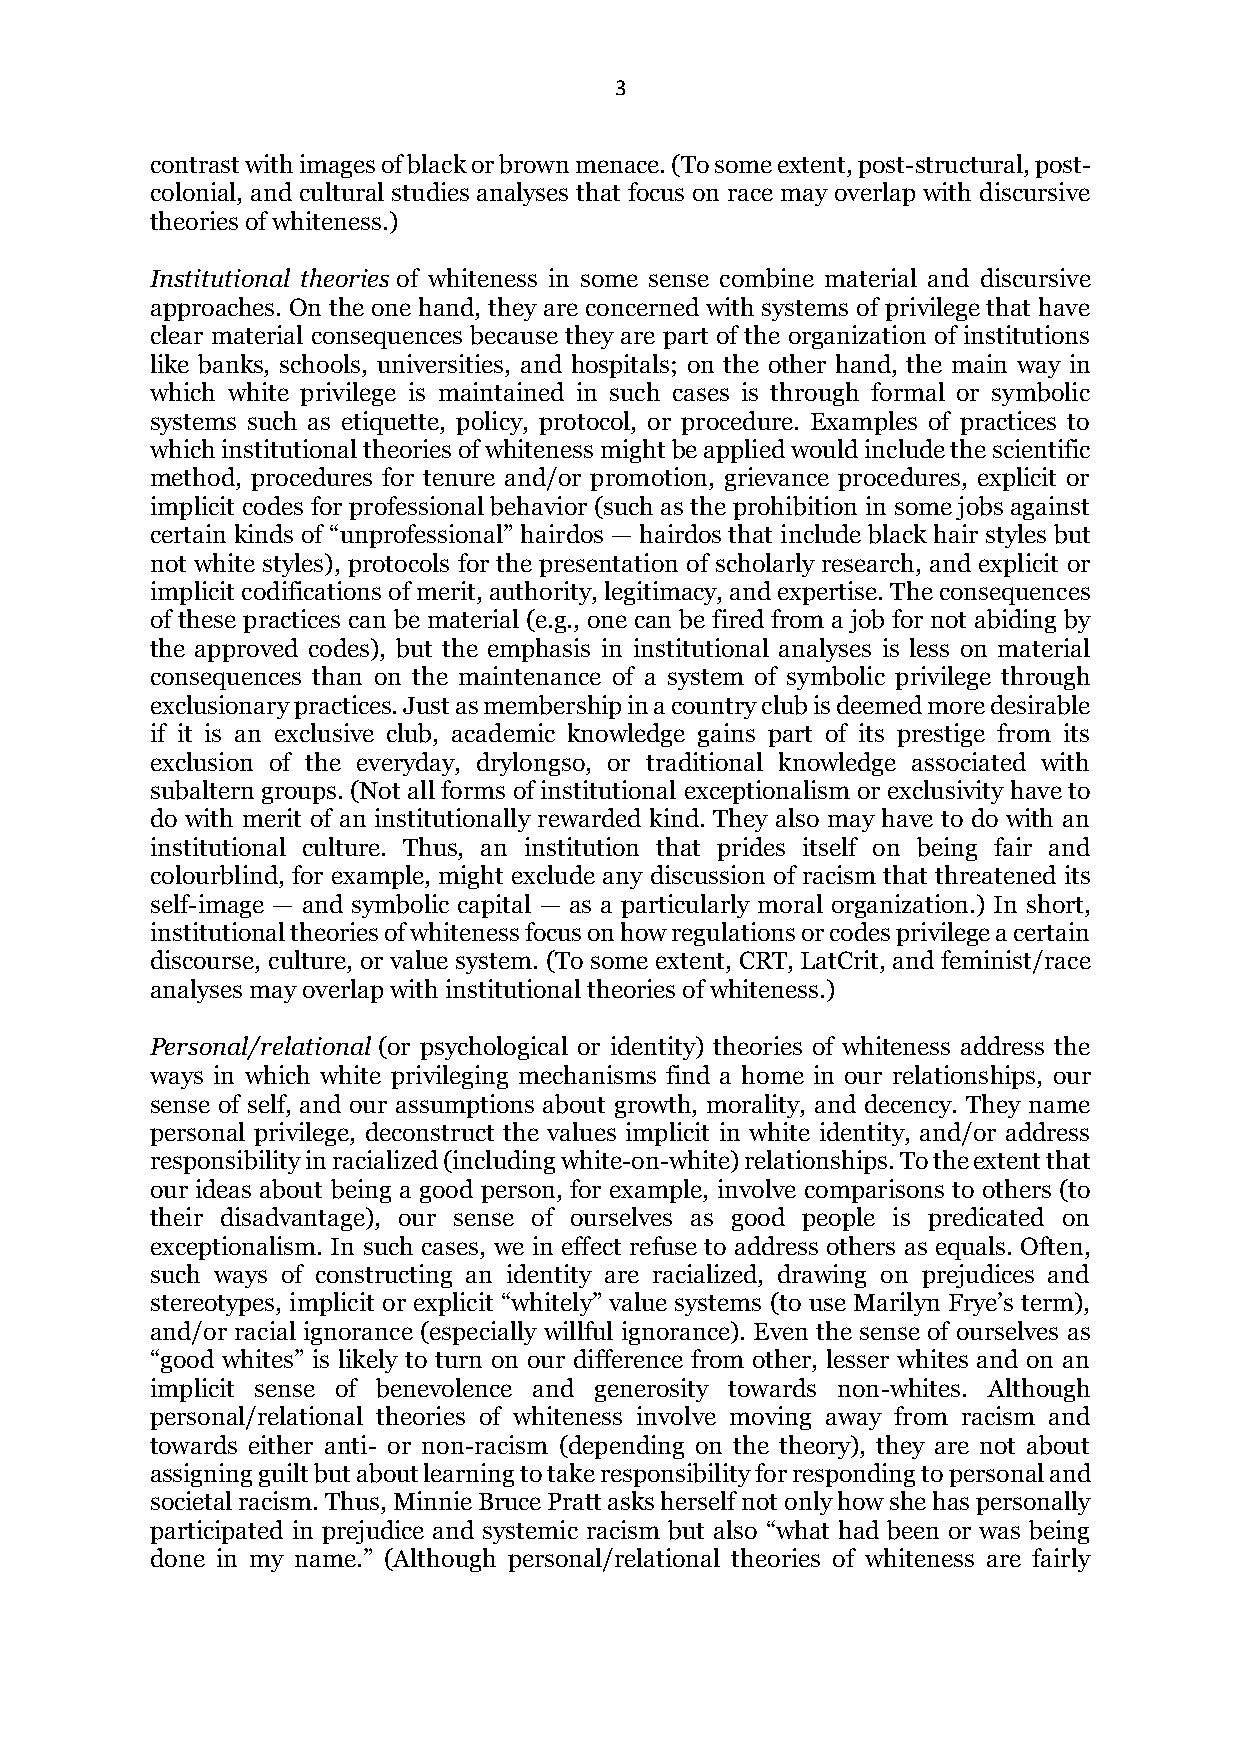
3
 contrast with images of black or brown menace. (To some extent, post-structural, post-
 colonial, and cultural studies analyses that focus on race may overlap with discursive
 theories of whiteness.)
 Institutional theories of whiteness in some sense combine material and discursive
 approaches. On the one hand, they are concerned with systems of privilege that have
 clear material consequences because they are part of the organization of institutions
 like banks, schools, universities, and hospitals; on the other hand, the main way in
 which white privilege is maintained in such cases is through formal or symbolic
 systems such as etiquette, policy, protocol, or procedure. Examples of practices to
 which institutional theories of whiteness might be applied would include the scientific
 method, procedures for tenure and/or promotion, grievance procedures, explicit or
 implicit codes for professional behavior (such as the prohibition in some jobs against
 certain kinds of “unprofessional” hairdos — hairdos that include black hair styles but
 not white styles), protocols for the presentation of scholarly research, and explicit or
 implicit codifications of merit, authority, legitimacy, and expertise. The consequences
 of these practices can be material (e.g., one can be fired from a job for not abiding by
 the approved codes), but the emphasis in institutional analyses is less on material
 consequences than on the maintenance of a system of symbolic privilege through
 exclusionary practices. Just as membership in a country club is deemed more desirable
 if it is an exclusive club, academic knowledge gains part of its prestige from its
 exclusion of the everyday, drylongso, or traditional knowledge associated with
 subaltern groups. (Not all forms of institutional exceptionalism or exclusivity have to
 do with merit of an institutionally rewarded kind. They also may have to do with an
 institutional culture. Thus, an institution that prides itself on being fair and
 colourblind, for example, might exclude any discussion of racism that threatened its
 self-image — and symbolic capital — as a particularly moral organization.) In short,
 institutional theories of whiteness focus on how regulations or codes privilege a certain
 discourse, culture, or value system. (To some extent, CRT, LatCrit, and feminist/race
 analyses may overlap with institutional theories of whiteness.)
 Personal/relational (or psychological or identity) theories of whiteness address the
 ways in which white privileging mechanisms find a home in our relationships, our
 sense of self, and our assumptions about growth, morality, and decency. They name
 personal privilege, deconstruct the values implicit in white identity, and/or address
 responsibility in racialized (including white-on-white) relationships. To the extent that
 our ideas about being a good person, for example, involve comparisons to others (to
 their disadvantage), our sense of ourselves as good people is predicated on
 exceptionalism. In such cases, we in effect refuse to address others as equals. Often,
 such ways of constructing an identity are racialized, drawing on prejudices and
 stereotypes, implicit or explicit “whitely” value systems (to use Marilyn Frye’s term),
 and/or racial ignorance (especially willful ignorance). Even the sense of ourselves as
 “good whites” is likely to turn on our difference from other, lesser whites and on an
 implicit sense of benevolence and generosity towards non-whites. Although
 personal/relational theories of whiteness involve moving away from racism and
 towards either anti- or non-racism (depending on the theory), they are not about
 assigning guilt but about learning to take responsibility for responding to personal and
 societal racism. Thus, Minnie Bruce Pratt asks herself not only how she has personally
 participated in prejudice and systemic racism but also “what had been or was being
 done in my name.” (Although personal/relational theories of whiteness are fairly